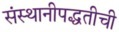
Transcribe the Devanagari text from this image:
संस्थानीपद्धतीची